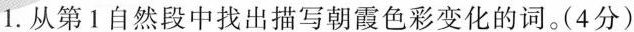
1.从第1自然段中找出描写朝霞色彩变化的词。(4分)